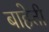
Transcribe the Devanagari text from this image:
बाहेती